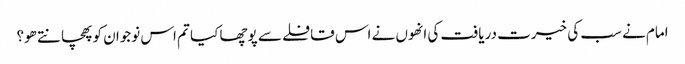
امام نے سب کی خیرت دریافت کی انھوں نے اس قافلے سے پوچھا کیا تم اس نوجوان کو پھچانتے ھو؟